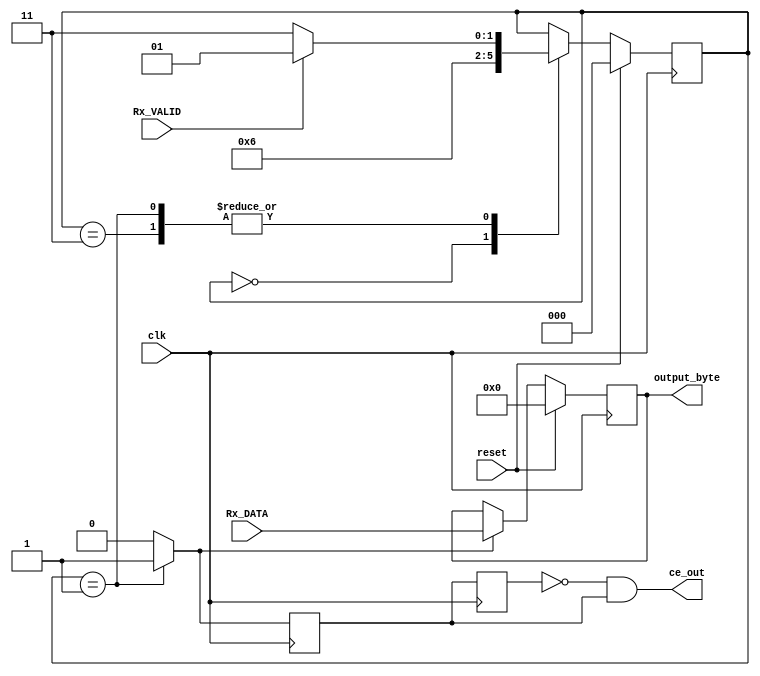
module FSM_Reed (clk, reset, Rx_DATA, Rx_VALID, ce_out, output_byte);

input clk;
input reset;
input [7:0] Rx_DATA;
input Rx_VALID;
output ce_out;
output reg [7:0] output_byte;

reg [7:0] counter;
reg [2:0] current_state, next_state;
//reg counter_enable;

reg Q1, Q2, data_valid;
reg ce;

parameter
    state_off = 3'b000,
    state_sending = 3'b001,
    //state_idle = 3'b010,
    state_waiting = 3'b011;
    //counter_activate = 3'b100;

always @(posedge clk) 
begin
if (reset == 1)
    current_state <= state_off;
else
    current_state <= next_state;
end

always @(current_state or Rx_VALID or Rx_DATA) 
begin
    // ce = 0;
    // next_state = current_state;
    // data_valid = 0;

    case(current_state)
        state_off : 
        begin
            ce = 0;
            data_valid = 0;
            next_state = state_waiting;
        end

        state_waiting:
        begin
            ce = 0;
            data_valid = 0;
            if(Rx_VALID)
                next_state = state_sending;
            else
                next_state = state_waiting;
        end

        // counter_activate:
        // begin
        //     counter_enable = 1;
        //     next_state = state_sending;
        // end

        state_sending : 
        begin 
            data_valid = 1;
            ce = 1;

            if(Rx_VALID == 0)
                next_state = state_waiting;
            else
                next_state = state_sending;

        end
        // state_idle:
        // begin
        //     if(output_valid)
        //         next_state = state_waiting;
        //     else
        //         next_state = current_state;
        // end
        default
        begin
               ce = 0;
             next_state = current_state;
             data_valid = 0; 
        end
    endcase
end


// always@(posedge clk)
// begin
//     if(reset)
//         counter <= 8'b0;
//     else
//     begin
//     if(counter_enable)
//         counter <= counter + 8'b1;
//     end
// end


always @(posedge clk)       // kati san antibounce gia na kratiso ton palmo gia ena kiklo rologioy
begin
    Q1 <= ce;
end

always @(posedge clk)
begin
    Q2 <= Q1;
end

assign Q2_bar = ~Q2;
assign ce_out = (Q2_bar & Q1);


always @(posedge clk)
begin
    if(reset)
        output_byte <= 8'b0;
    else
    begin
        if(data_valid)
            output_byte <= Rx_DATA;
    end
end

endmodule